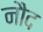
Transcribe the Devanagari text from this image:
नौद